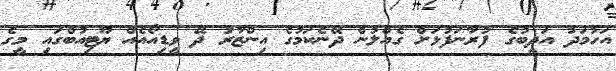
އަހުމަދު އަދީބުގެ ފުރާނަފުޅަށް ގެއްލުން ދޭނެކަމުގެ އިންޒާރު ދޭ ވީޑިއޯއެއް ޔޫޓިއުބްގައި މީގެ